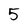
Character: 5